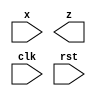
module seqdet (
    x,z,clk,rst
);
input x,clk,rst;
output z;
endmodule